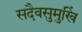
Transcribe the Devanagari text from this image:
सदैवसुमुखिं